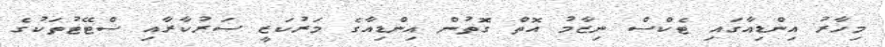
މިހާރު އިންޑިއާގައި ޓެކްސް ނިޒާމު އޮތް ގޮތުން އިންޑިއާގެ މަރުކަޒީ ސަރުކާރާއި ސްޓޭޓުތަކުގެ